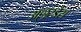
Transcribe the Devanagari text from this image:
अल्लरडैस